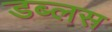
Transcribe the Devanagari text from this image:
डब्लस